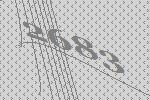
2683